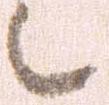
候